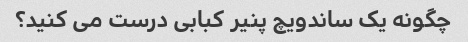
چگونه یک ساندویچ پنیر کبابی درست می کنید؟